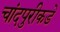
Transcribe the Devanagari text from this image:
चांदपुरीकडे